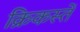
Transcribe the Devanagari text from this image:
क्रिकस्तें